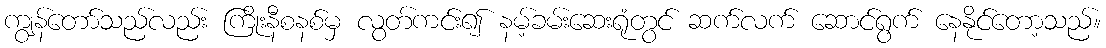
ကျွန်တော်သည်လည်း ကြိုးနီစနစ်မှ လွတ်ကင်း၍ နမ့်ခမ်းဆေးရုံတွင် ဆက်လက် ဆောင်ရွက် နေနိုင်တော့သည်။